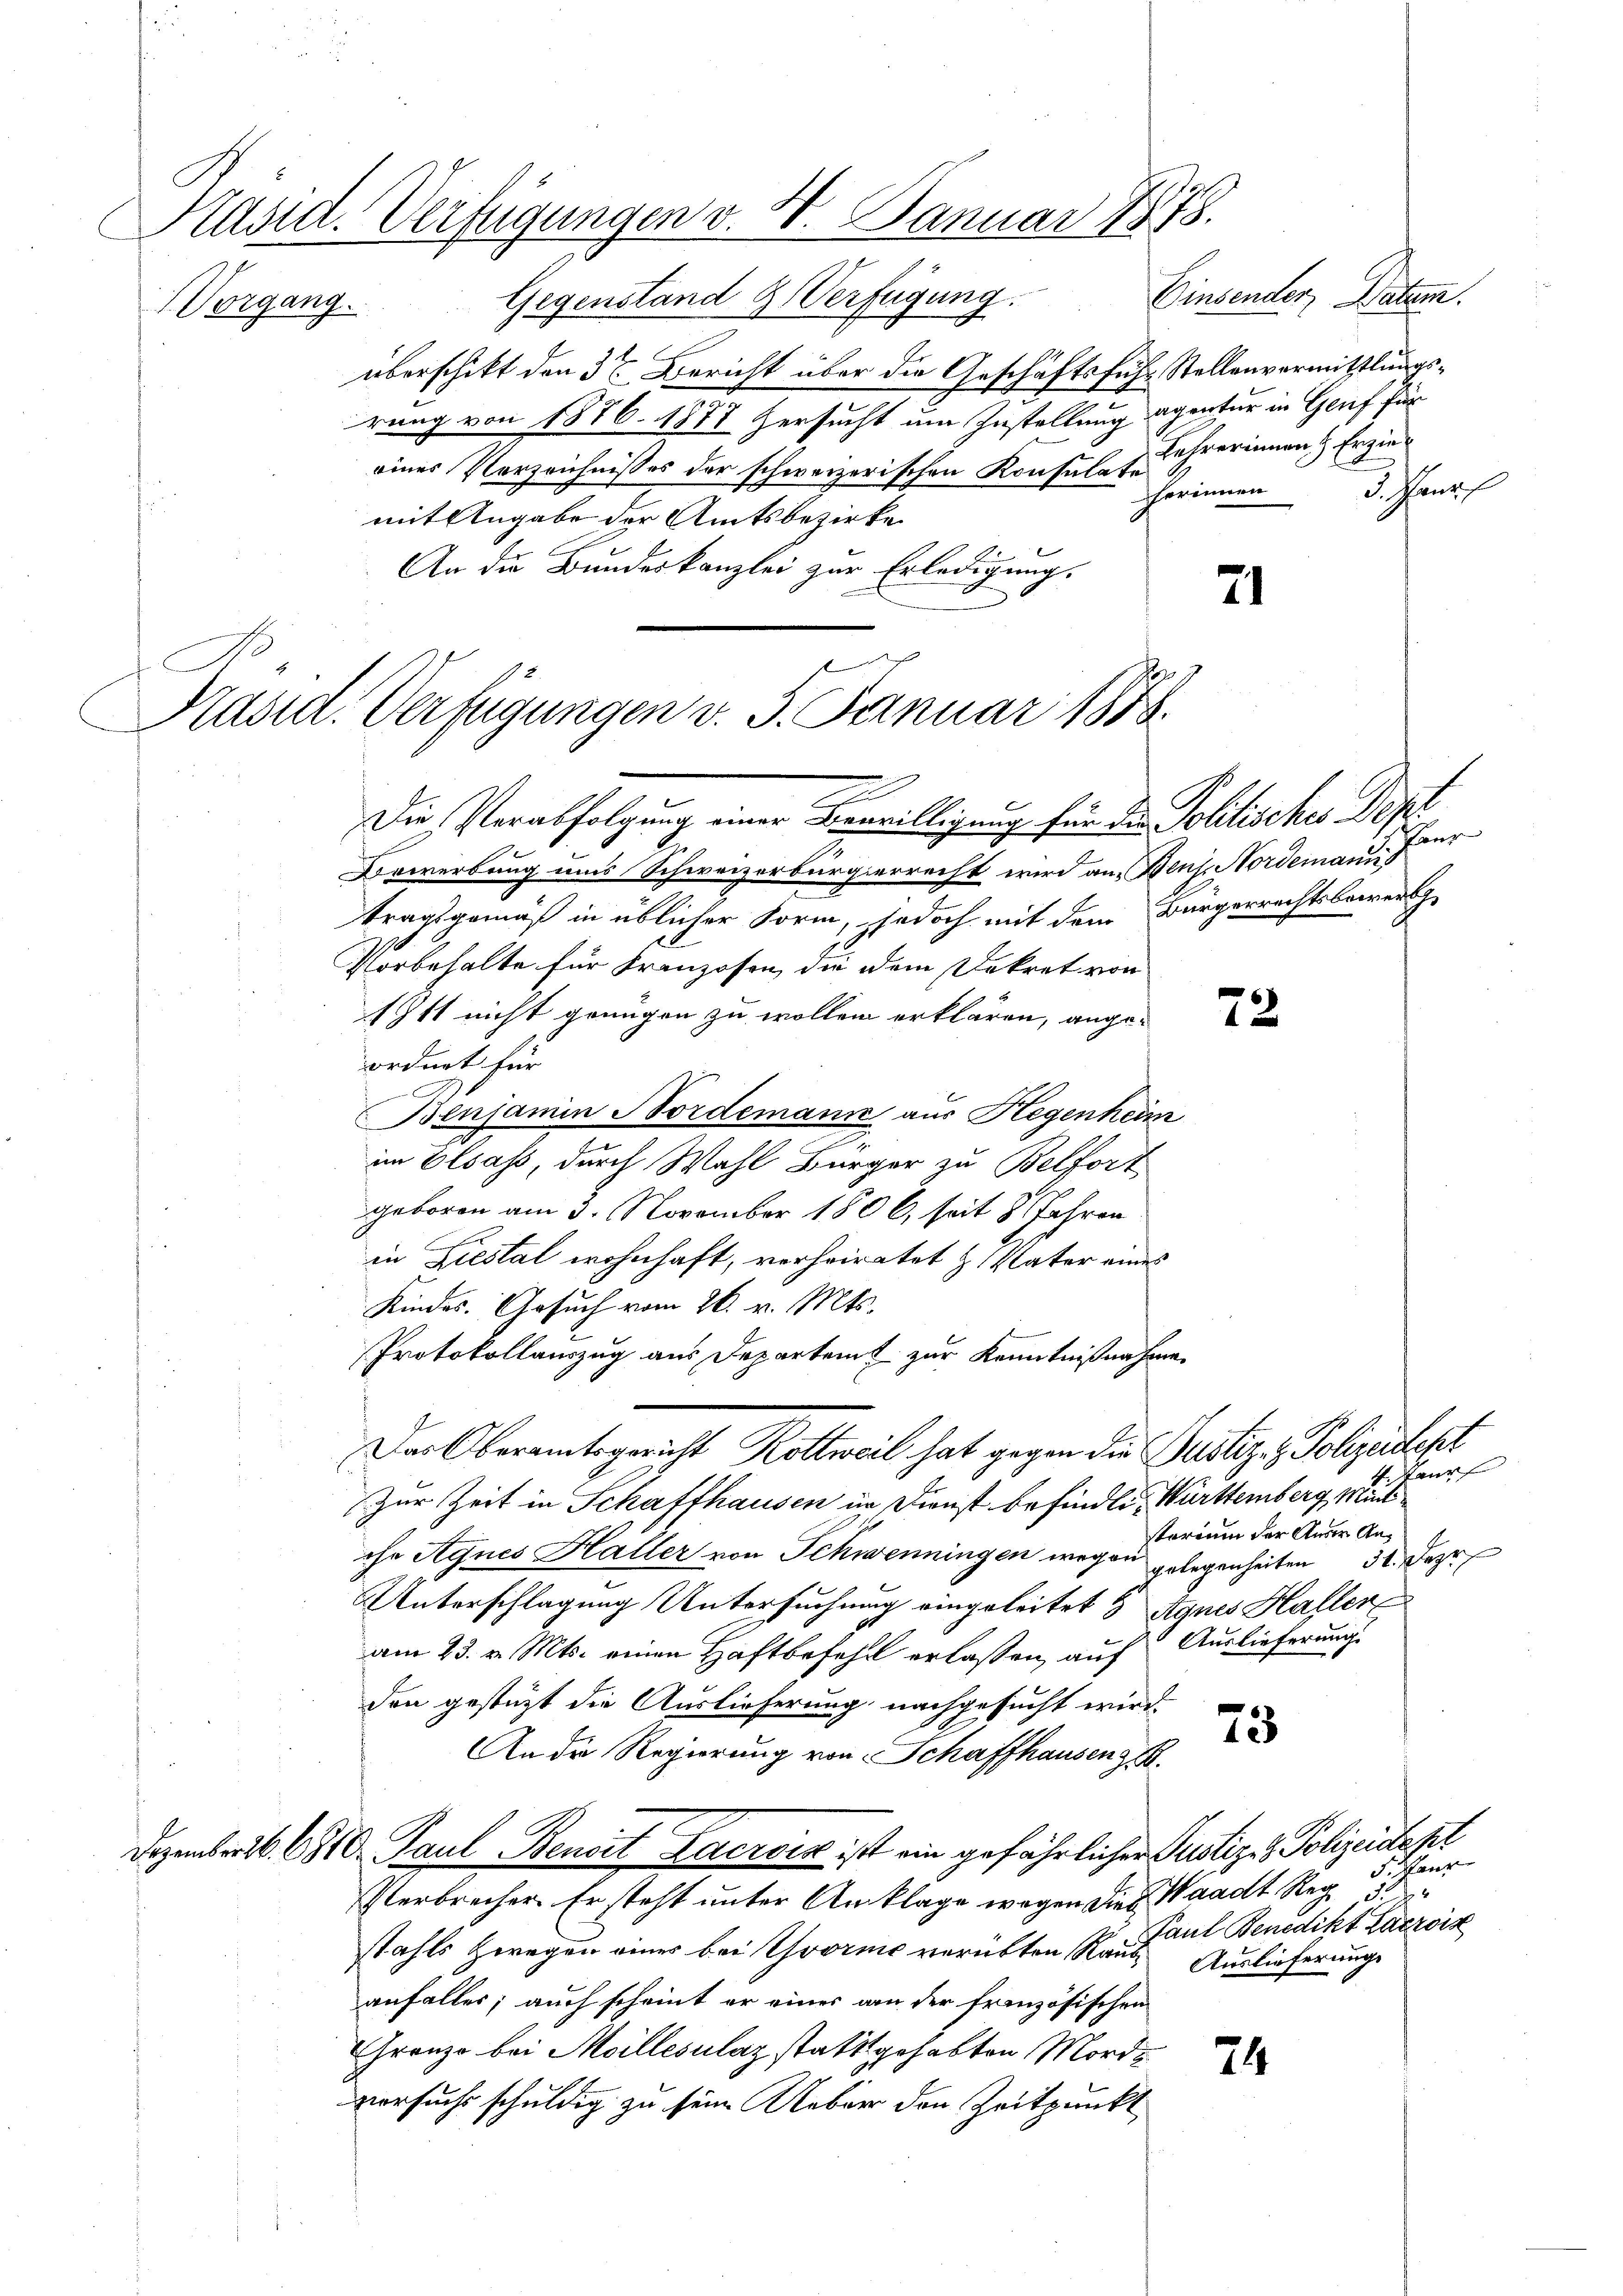
Präsid. Verfügungen v. 4. Januar 1878.

Vorgang. Gegenstand & Verfügung
überschikt den 3t Bericht über die Geschäftsfuhr Stellenvermittlungsrung von 1876. 1878 ersucht um Zustellung agentur in Genf für
eines Verzeichnisses der schweizerischen Konsulate
mit Angabe der Amtsbezirke
An die Bundeskanzlei zur Erledigung.

Präsid. Verfügungen v. J. Januar 1888.
z

Die Verabfolgung einer Verwilligung für den Politisches Depe
Bewerbung uns Schweizerbürgerrecht wird an Benz. Nordemanns
tragsgemäß in üblicher Form, jedoch mit dem Bürgerrechtsbewendige
Vorbehalte für Franzosen, die dem Dekret von
Ist nicht genügen zu wollen erklären, angeordnet für
.
Benjamin Nordemann aus Hegenheim
im Elsass, durch Wahl Bürger zu Belfort
geboren am 3. November 1806, seit 8 Jahren
in Liestal wohnhaft, verheiratet H. Vater eines
Kindes. Gesuch vom 26. v. Mts.
Protokollauszug aus Departem zur Kenntnißnahmen
Der Oberamtsgericht Kollweil hat gegen die Justiz & Polizeilet
Zur Zeit in Schaffhausen in Dienst befindlich Württemberg, Mund
starium der Aner Anche Agnes Haller von Schweiningen wegen gelegenheiten 32. Deze
Unterschlagung Untersuchung eingeleitet & Agnes Haller
am 23. v. Mts. einen Haftbefehl erlassen, auf Auslieferung
den gestützt die Auslieferung nachgesucht wird.
73
An der Regierung von Schaffhausen z.
Dezembris 1810. Paul Benart Lacroix ist ein gefährlichen Justiz- & Polizeidept
Verbrecher. Er steht unter Anklage wegen die Waadt Reg. 5. Paur
Paul Benedikt Lacroix
stahls zwegen eines bei Yvorne verübten Raub, Auslieferungs
anfaller; auch scheint er eines am der französischen
Granzo bei Meilles lag stattgehabten Morde
versuchs schuldig zu sein Ueber den Zeitpunkt

Einsender, Patem.
Lehrerinnen Erzie¬
Schrif
herinnen

Haur

Pan

71

72

4